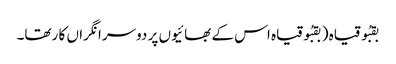
بقبُو قیاہ ( بقبُوقیاہ اس کے بھا ئیوں پر دوسرا نگراں کا رتھا۔